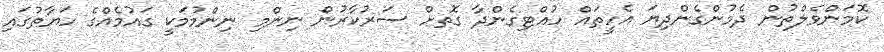
ކޮމަންވެލްތުން ދެމުންގެންދިޔަ އެހީތައް ހުއްޓިގެންދާ ގޮތށް ސަރުކާރުން ނިންމި ނިންމުމަކީ ގައުމެއްގެ ހަޔާތުގައި